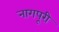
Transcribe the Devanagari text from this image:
नागपूरी